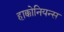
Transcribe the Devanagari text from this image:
हाक्कोनियन्स